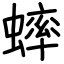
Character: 蟀